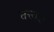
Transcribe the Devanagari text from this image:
तत्त्‍वज्ञ